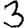
Digit: 3